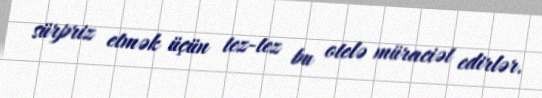
sürpriz etmək üçün tez-tez bu otelə müraciət edirlər.